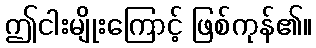
ဤငါးမျိုးကြောင့် ဖြစ်ကုန်၏။